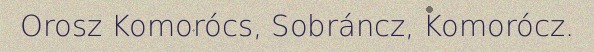
Orosz Komorócs, Sobráncz, Komorócz.